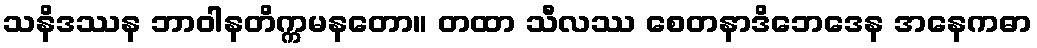
သနိဒဿန ဘာဝါနတိက္ကမနတော။ တထာ သီလဿ စေတနာဒိဘေဒေန အနေကဓာ